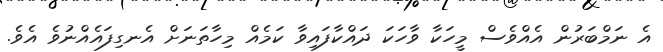
އެ ނަމްބަރުން އެއްވެސް މީހަކާ ވާހަކަ ދައްކާފައިވާ ކަމެއް މިހާތަނަށް އެނގިފައެއްނުވެ އެވެ.